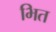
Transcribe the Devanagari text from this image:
भित